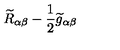
\widetilde { R } _ { \alpha \beta } - \frac 1 2 \widetilde { g } _ { \alpha \beta }